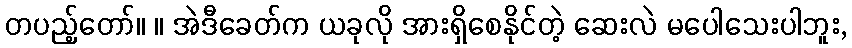
တပည့်တော်။ ။ အဲဒီခေတ်က ယခုလို အားရှိစေနိုင်တဲ့ ဆေးလဲ မပေါသေးပါဘူး,